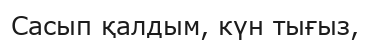
Сасып қалдым, күн тығыз,